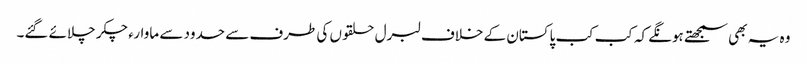
وہ یہ بھی سمجھتے ہونگے کہ کب کب پاکستان کے خلاف لبرل حلقوں کی طرف سے حدود سے ماوارء چکر چلائے گئے۔